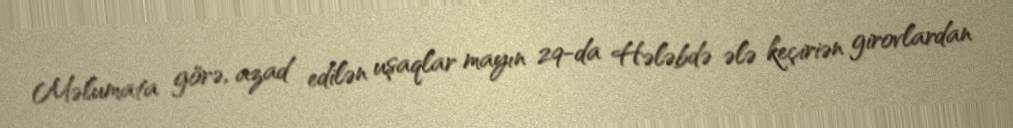
Məlumata görə, azad edilən uşaqlar mayın 29-da Hələbdə ələ keçiriən girovlardan